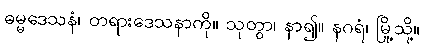
ဓမ္မဒေသနံ၊ တရားဒေသနာကို။ သုတွာ၊ နာ၍။ နဂရံ၊ မြို့သို့။